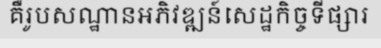
គឺរូបសណ្ឋានអភិវឌ្ឍន៍សេដ្ឋកិច្ចទីផ្សារ